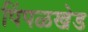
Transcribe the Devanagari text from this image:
पिंपळखेड